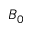
B _ { 0 }